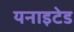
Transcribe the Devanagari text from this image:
यनाइटेड